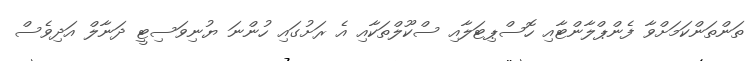
ތަންތަންކަމަށްވާ ފެންޕްލާންޓާއި ހޮސްޕިޓަލާއި ސްކޫލްތަކާއި އެ ރަށުގައި ހުންނަ ޔުނިވަސިޓީ ދަނާލް އަދިވެސް